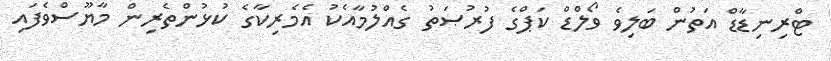
ޓްރިނިޑާޑް އަތުން ބަލިވެ ވޯލްޑް ކަޕްގެ ފުރުޞަތު ގެއްލުމާއެކު އެމެރިކާގެ ކުޅުންތެރިން މާޔޫސްވެފައި